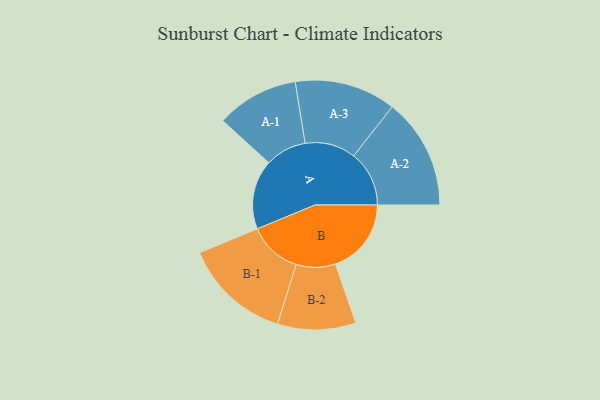
{"axis": {"x": "Segment", "y": "Value"}, "legend": ["", "A", "B"], "data": [{"x": "A", "y": 374, "type": ""}, {"x": "B", "y": 409, "type": ""}, {"x": "A-1", "y": 222, "type": "A"}, {"x": "A-2", "y": 299, "type": "A"}, {"x": "A-3", "y": 273, "type": "A"}, {"x": "B-1", "y": 289, "type": "B"}, {"x": "B-2", "y": 211, "type": "B"}]}